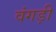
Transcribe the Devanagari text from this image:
वंगड़ी